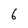
Character: 6